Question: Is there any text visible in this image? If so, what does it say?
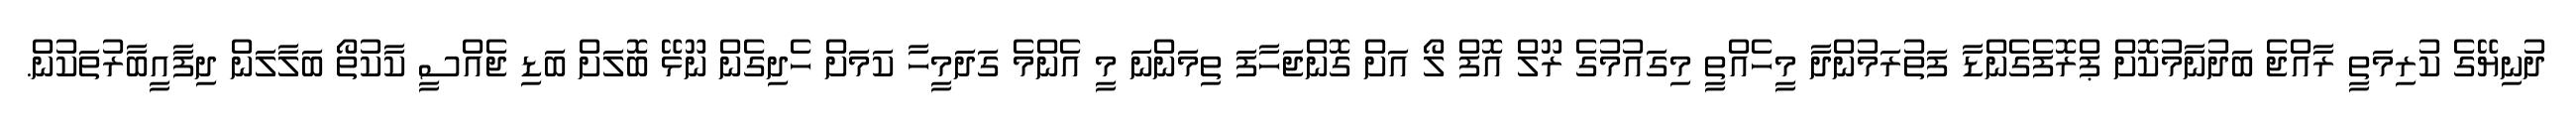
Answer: ދުނިޔޭގެ ކުރިމަތީ ރާއްޖެ ބަދުނާމުކޮށް ޕްރޮފެގެންޑާ ފަތުރަމުންދާ މީހެއްތީ މިގައުމުގެ ރޫލް އޮފް ލޯ އަށް ގޮންޖަހާފަ ތިމަންނަ މީ އެންމެ ގަދަމީހާ ކަމަށް ހެދިގެން ނޫޅޭ ބޮލަށް ބަޑި ޖެއްސީ ކާކުތޯ ބަލާލަން ދިފާއީބާރުތަކުން.